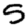
Digit: 5